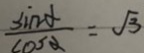
\frac { \sin \alpha } { \cos \alpha } = \sqrt { 3 }